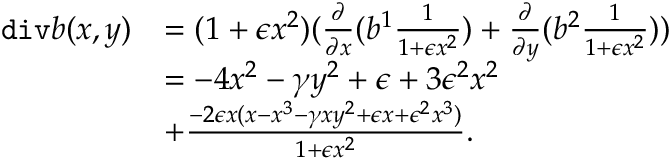
\begin{array} { r l } { \mathtt { d i v } b ( x , y ) } & { = ( 1 + \epsilon x ^ { 2 } ) ( \frac { \partial } { \partial { x } } ( b ^ { 1 } \frac { 1 } { 1 + \epsilon x ^ { 2 } } ) + \frac { \partial } { \partial { y } } ( b ^ { 2 } \frac { 1 } { 1 + \epsilon x ^ { 2 } } ) ) } \\ & { = - 4 x ^ { 2 } - \gamma y ^ { 2 } + \epsilon + 3 \epsilon ^ { 2 } x ^ { 2 } } \\ & { + \frac { - 2 \epsilon x ( x - x ^ { 3 } - \gamma x y ^ { 2 } + \epsilon x + \epsilon ^ { 2 } x ^ { 3 } ) } { 1 + \epsilon x ^ { 2 } } . } \end{array}